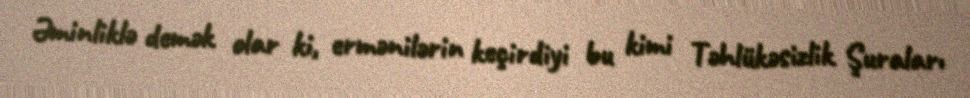
Əminliklə demək olar ki, ermənilərin keçirdiyi bu kimi Təhlükəsizlik Şuraları